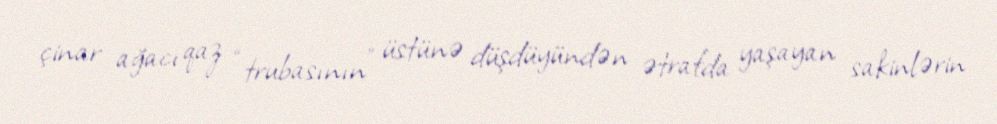
çinar ağacı qaz “trubasının” üstünə düşdüyündən ətrafda yaşayan sakinlərin